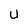
Character: U